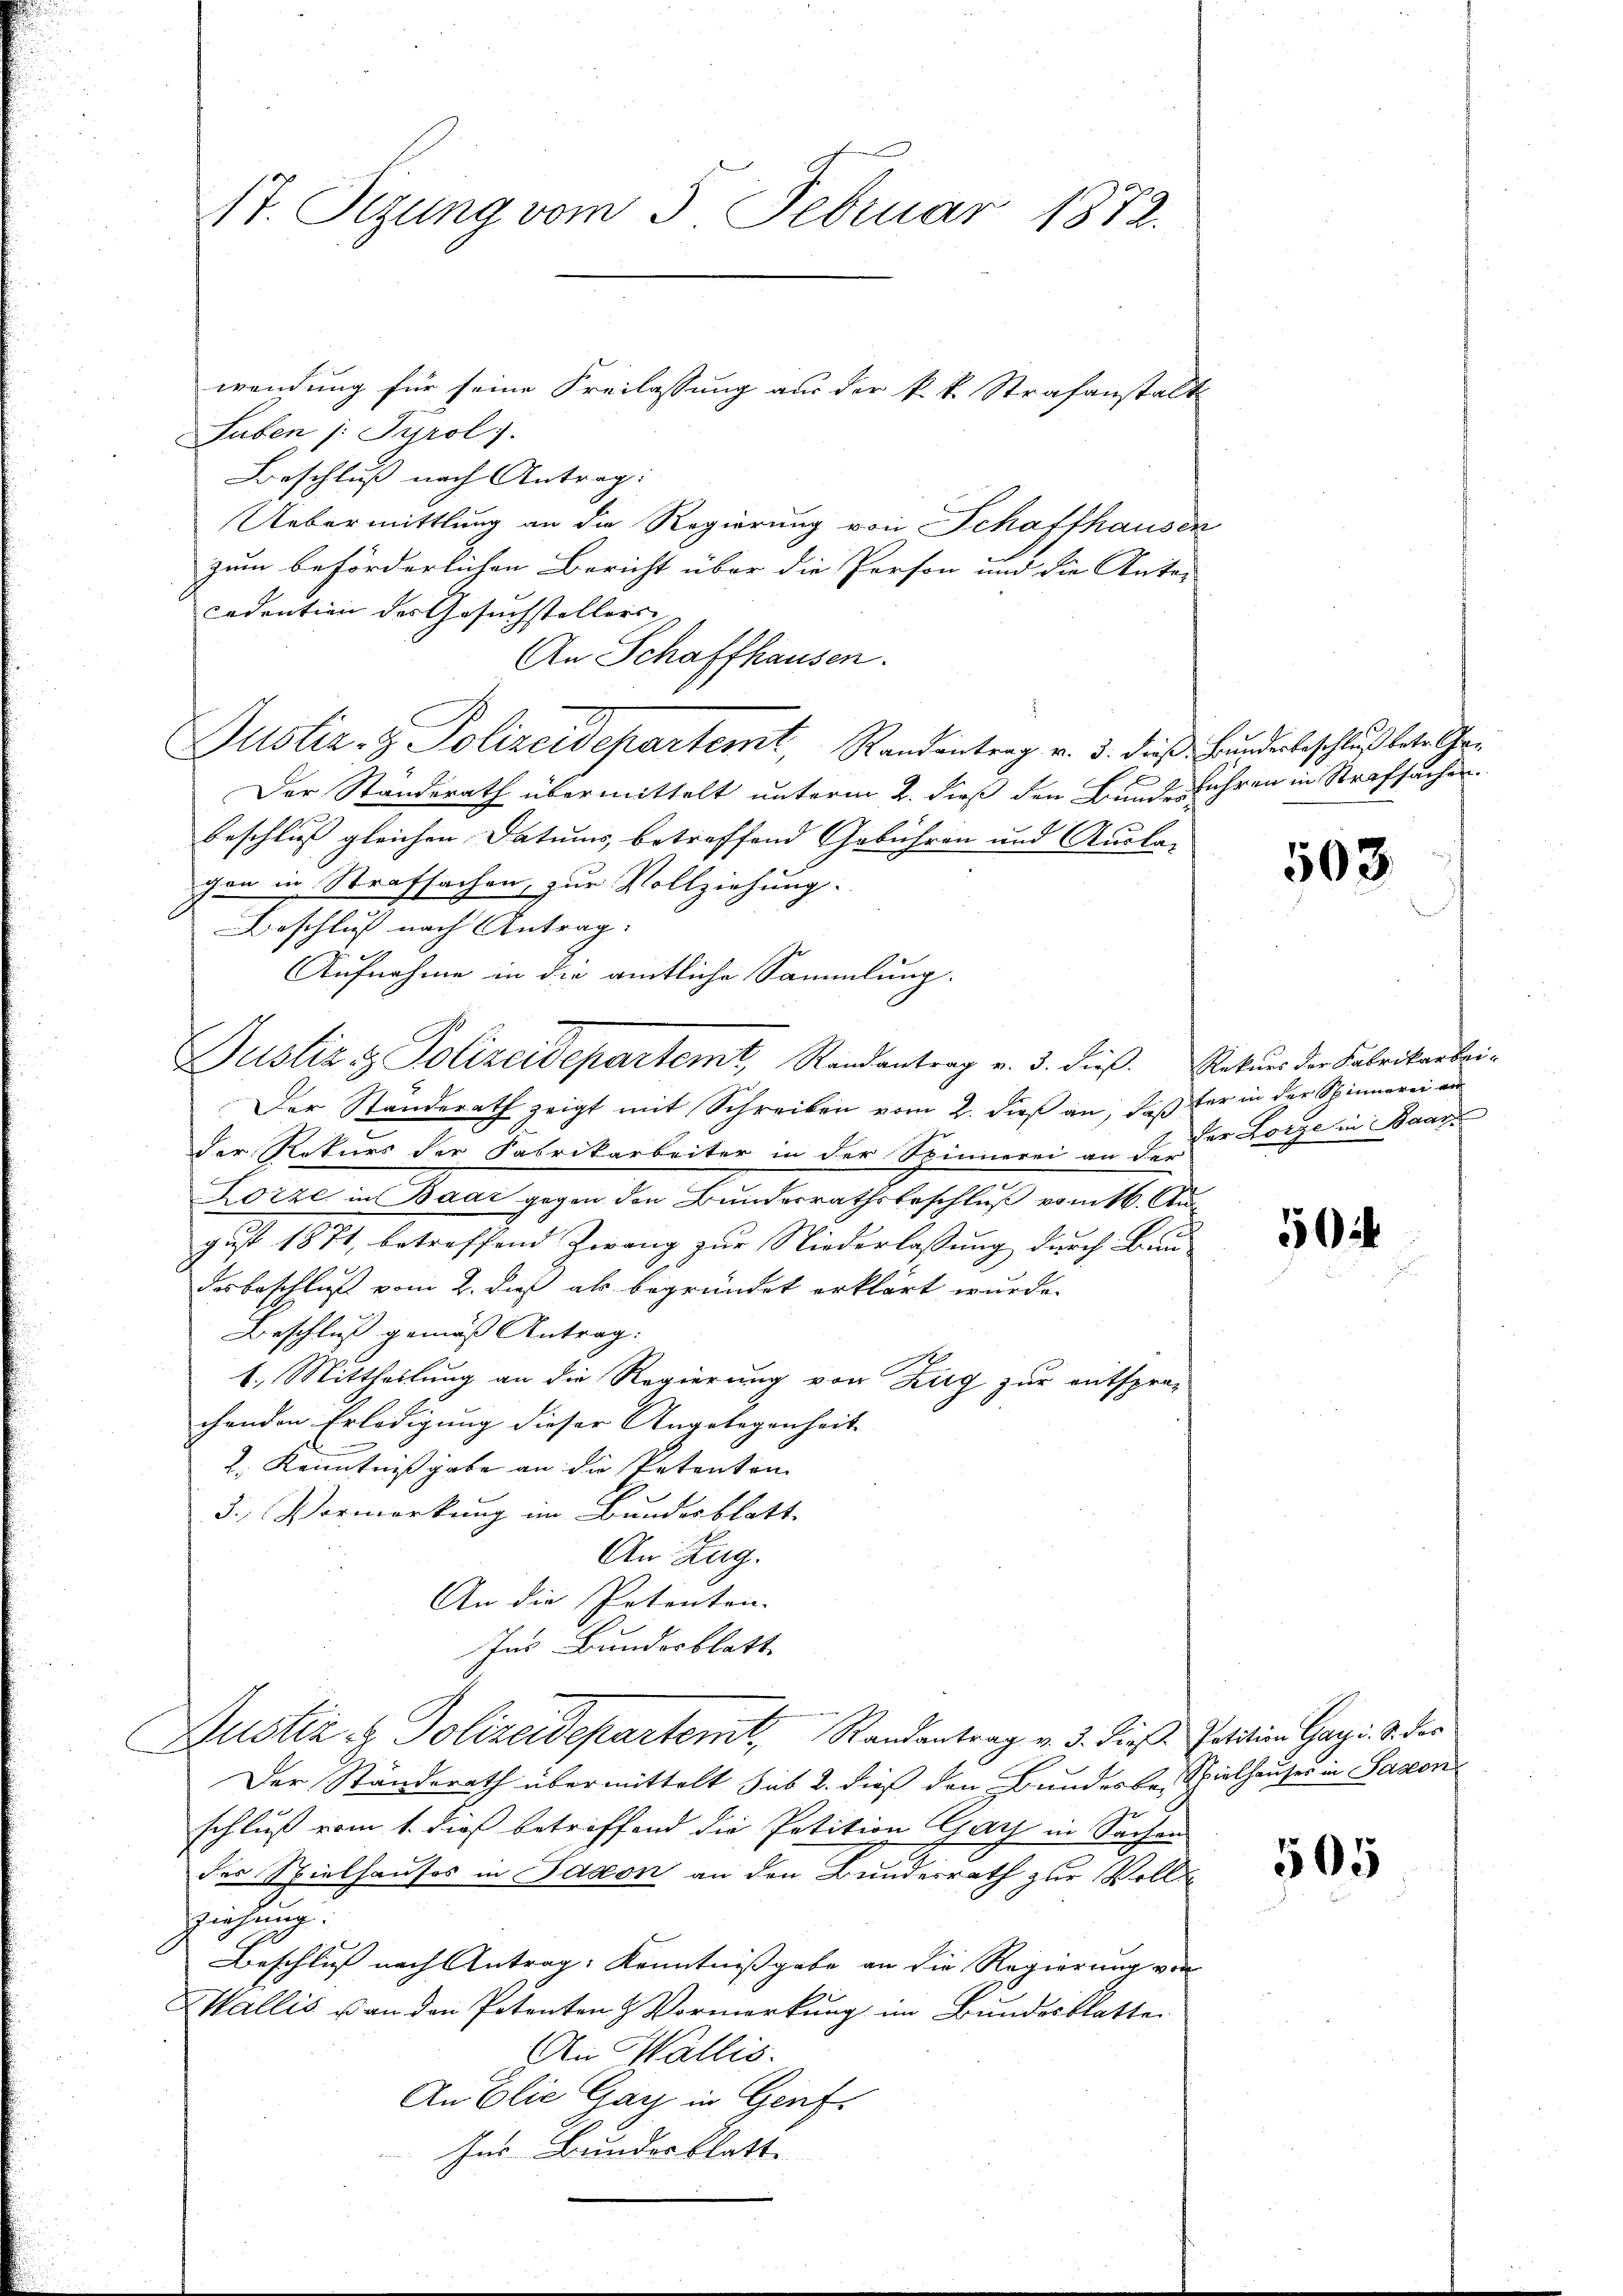
17. Sitzung vom 5. Februar 1872.

wendung für seine Freilassung aus der k. k. Strafanstalt
Suben 1. Jurol.
Beschluß nach Antrag:
Uebermittlung an die Regierung von Schaffhausen
zum beförderlichen Bericht über die Person und die Autor
cedention des Gesuchstellers,
An Schaffhausen.
Justiz- & Polizeidepartemt, Randentrag v. 3. dieß Bunderbeschluß bete Cha¬
Der Standerath übermittelt unterm 2. dieß den Bunderführen in Strafsachen
Beschluß gleichen Datums, betreffend Gebühren und Ausla-
gen in Strafsachen, zur Vollziehung.
Beschluß nach Antrag.
Der Standerath zeigt mit Schreiben vom 2. dieß an, daß für in der Spinnerei an
der Rekurs der Fabrikarbeiter in der Spinnerei an de der Lorze in Baar
Lorze in Baar gegen den Bundesrathsbeschluß vom 16. August 1871, betreffend Zwang zur Niederlassung durch Bundesbeschluß vom 2. daß als begründet erklärt wurde.
Beschluß gemäss Antrag: |
1.) Mittheilung an die Regierung von Zirg zur entspro-
chenden Erledigung dieser Angelegenheit |
2. Kenntniß gabe an die Petenton
3.) Vermerkung im Bundesblatt
An Zug.
An die Petenten-
Ins Bundesblatt
Justiz- & Polizeidepartemt, Randantrag v. 3. Diess. Petition Gagi. S. der
Der Standerath übermittelt sub 2. dieß den Bundesbe, Spielhauser in Saxon
schluß vom 1. dieß betreffend die Petition Gay in Sachen
der Spielhauses in Saxon an den Bundesrath zur Vollziehung:
Beschluß nach Antrag: Kenntnissgabe an die Regierung von |
Wallis u. an den Potenten & Vormerkung im Bundesblatte
An Wallis.
An Elie Gay in Genf.
zur Bundesblatte

Aufnahme in die amtliche Sammlung.
Justiz & Polizeidepartemt, Randantrag v. 3. dieß. Rekurs der Fabrikarbei-

503.

50

505